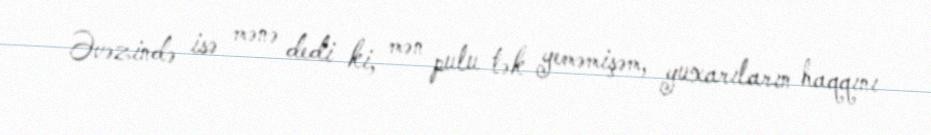
Əvəzində isə mənə dedi ki, mən pulu tək yeməmişəm, yuxarıların haqqını